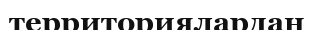
территориялардан